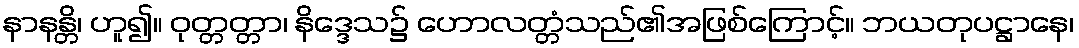
နာနန္တိ၊ ဟူ၍။ ဝုတ္တတ္တာ၊ နိဒ္ဒေသ၌ ဟောလတ္တံသည်၏အဖြစ်ကြောင့်။ ဘယတုပဋ္ဌာနေ၊